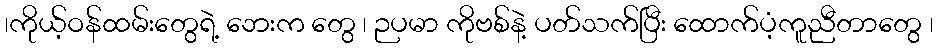
၊ကိုယ့်ဝန်ထမ်းတွေရဲ့ ဘေးက တွေ ၊ ဉပမာ ကိုဗစ်နဲ့ ပတ်သက်ပြီး ထောက်ပံ့ကူညီတာတွေ ၊